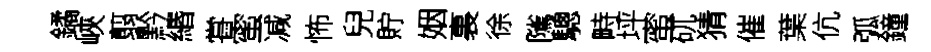
鐍峽翦黔緡甞蜜减怖兒貯姻裏徐隲驄畤坪蜜矹猜催葉伉弧鐘